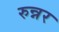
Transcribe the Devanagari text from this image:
रुन्नर